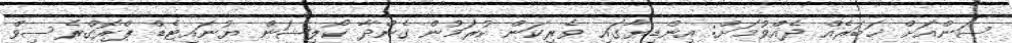
ސަންއަށް ޚަބަރެއް ދެއްވުމަށް: އިންޑިޔާގައި ވެރިކަން ކުރަމުން ގެންދާ ކޯލިޝަން ޔުނައިޓެޑް ޕްރޮގްރެސިވް